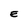
Character: E